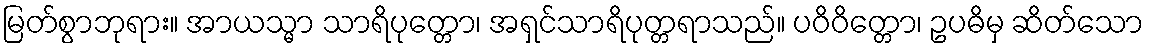
မြတ်စွာဘုရား။ အာယသ္မာ သာရိပုတ္တော၊ အရှင်သာရိပုတ္တရာသည်။ ပဝိဝိတ္တော၊ ဥပဓိမှ ဆိတ်သော